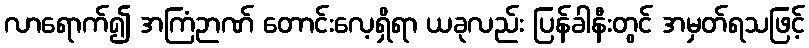
လာရောက်၍ အကြံဉာဏ် တောင်းလေ့ရှိရာ ယခုလည်း ပြန်ခါနီးတွင် အမှတ်ရသဖြင့်